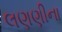
લણણીના